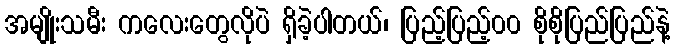
အမျိုးသမီး ကလေးတွေလိုပဲ ရှိခဲ့ပါတယ်၊ ပြည့်ပြည့်၀၀ စိုစိုပြည်ပြည်နဲ့